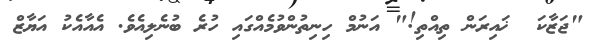
"ޖަޒާކަ  ޚައިރަން ތިއްތި!" އަނުމް ހިނިތުންވުމެއްގައި ހުރެ ބުނެލިއެވެ. އެއާއެކު އަޔާޒް